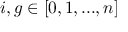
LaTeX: { i , g } \in [ 0 , 1 , . . . , n ]